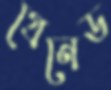
গ্রেনেড